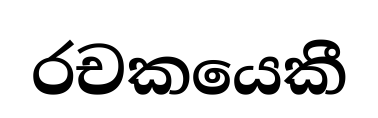
රචකයෙකී